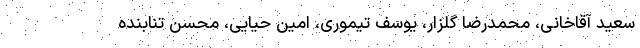
سعید آقاخانی، محمدرضا گلزار، یوسف تیموری، امین حیایی، محسن تنابنده